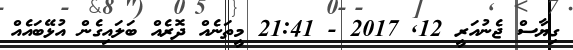
ގިޔާސް ޖެނުއަރީ 12